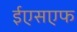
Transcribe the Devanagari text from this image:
ईएसएफ